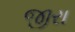
જીરા